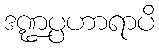
ဒဏ္ဍပ္ပဟာရာပိ